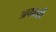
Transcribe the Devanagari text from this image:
अचार्ल्स